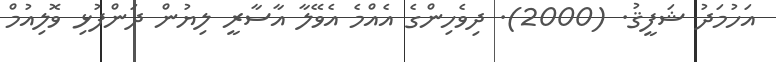
އަހުމަދު ޝަފީޤު. (2000). ދިވެހިންގެ އެއްމެ އެވޭލާ އާސާރީ ލިޔުން ދަންފުޅި ވޮލިއުމް